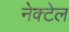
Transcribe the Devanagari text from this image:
नेक्टेल